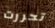
تحررت